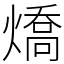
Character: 燆